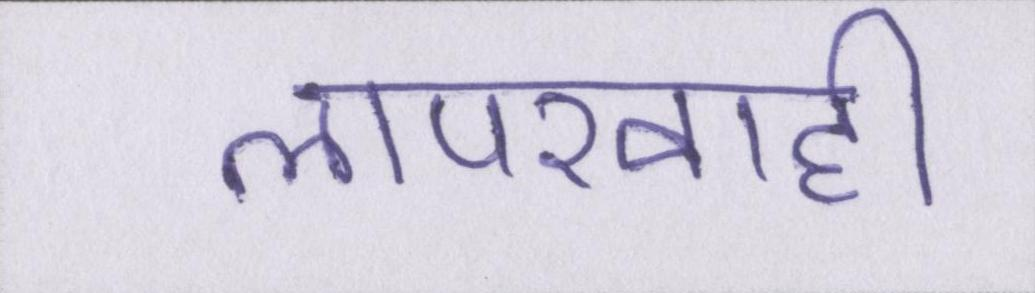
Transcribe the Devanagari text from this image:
लापरवाही